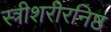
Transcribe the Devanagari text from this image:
स्त्रीशरीरनिष्ठ